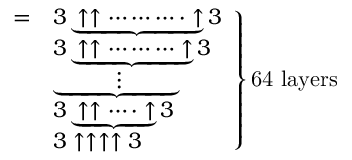
\left. { \begin{array} { l l } { = } & { 3 \underbrace { \uparrow \uparrow \cdots \cdots \cdots \cdot \uparrow } 3 } \\ & { 3 \underbrace { \uparrow \uparrow \cdots \cdots \cdots \uparrow } 3 } \\ & { \underbrace { \qquad \; \; \vdots \qquad \; \; } } \\ & { 3 \underbrace { \uparrow \uparrow \cdots \cdot \uparrow } 3 } \\ & { 3 \uparrow \uparrow \uparrow \uparrow 3 } \end{array} } \right\} { \mathrm { 6 4 ~ l a y e r s } }